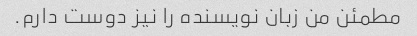
مطمئن من زبان نویسنده را نیز دوست دارم.